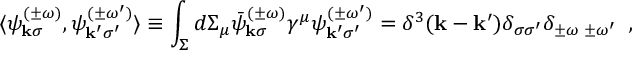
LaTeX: \langle \psi _ { { \bf k } \sigma } ^ { ( \pm \omega ) } , \psi _ { { \bf k } ^ { \prime } \sigma ^ { \prime } } ^ { ( \pm \omega ^ { \prime } ) } \rangle \equiv \int _ { \Sigma } d \Sigma _ { \mu } \bar { \psi } _ { { \bf k } \sigma } ^ { ( \pm \omega ) } \gamma ^ { \mu } \psi _ { { \bf k } ^ { \prime } \sigma ^ { \prime } } ^ { ( \pm \omega ^ { \prime } ) } = \delta ^ { 3 } ( { \bf k } - { \bf k } ^ { \prime } ) \delta _ { \sigma \sigma ^ { \prime } } \delta _ { \pm \omega \; \pm \omega ^ { \prime } } \; \; ,